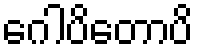
ဂေါပိတောပိ